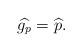
LaTeX: \begin{align*}\widehat{g_p}=\widehat p.\end{align*}